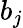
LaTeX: b_{j}